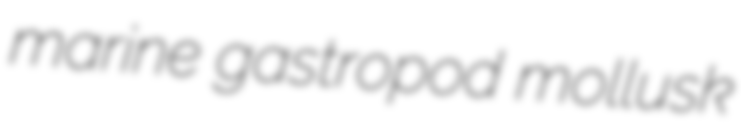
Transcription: marine gastropod mollusk